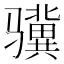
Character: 骥